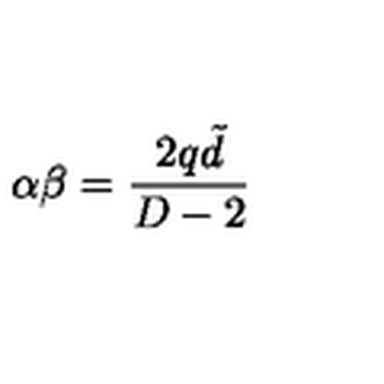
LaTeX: \alpha \beta = \frac { 2 q \tilde { d } } { D - 2 }